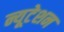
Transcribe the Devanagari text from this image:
न्यूटेशन